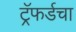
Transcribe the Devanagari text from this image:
ट्रॅफर्डचा